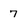
Character: 7